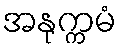
အနုက္ကမံ